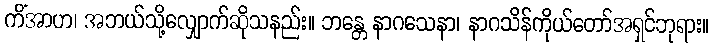
ကိံအာဟ၊ အဘယ်သို့လျှောက်ဆိုသနည်း။ ဘန္တေ နာဂသေနာ၊ နာဂသိန်ကိုယ်တော်အရှင်ဘုရား။